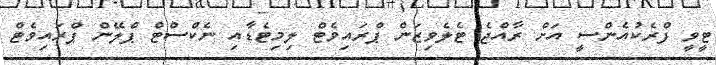
ޓީވީ ފްރެކުއެންސީ އަށް ރާއްޖެ ޓެލެވިޒަން ޕްރައިވެޓް ލިމިޓެޑާއި ނެކްސްޓް ޕްލޭން ޕްރައިވެޓް